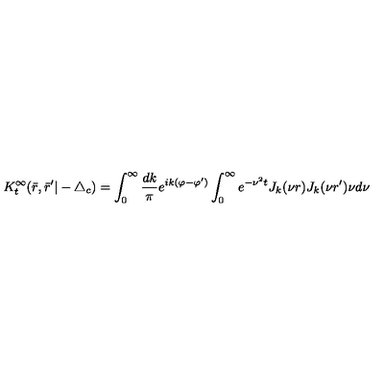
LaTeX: K _ { t } ^ { \infty } ( \bar { r } , \bar { r } ^ { \prime } | - \triangle _ { c } ) = \int _ { 0 } ^ { \infty } \frac { d k } { \pi } e ^ { i k ( \varphi - \varphi ^ { \prime } ) } \int _ { 0 } ^ { \infty } e ^ { - \nu ^ { 2 } t } J _ { k } ( \nu r ) J _ { k } ( \nu r ^ { \prime } ) \nu d \nu